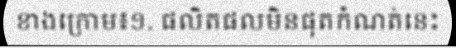
ខាងក្រោម៖១. ផលិតផលមិនផុតកំណត់នេះ